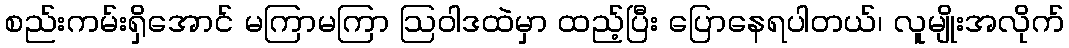
စည်းကမ်းရှိအောင် မကြာမကြာ ဩဝါဒထဲမှာ ထည့်ပြီး ပြောနေရပါတယ်၊ လူမျိုးအလိုက်